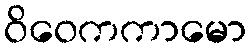
ဝိဝေကကာမော